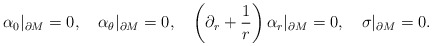
\begin{align*}\alpha_0|_{\partial M}=0,\quad\alpha_\theta |_{\partial M}=0,\quad\left( \partial_r +\frac 1r \right) \alpha_r |_{\partial M}=0,\quad\sigma |_{\partial M}=0.\end{align*}